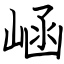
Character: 崡